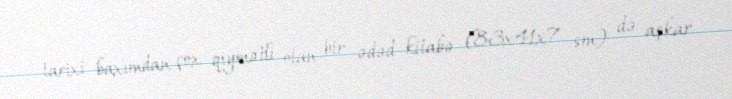
tarixi baxımdan çox qiymətli olan bir ədəd kitabə (83x41x7 sm) də aşkar